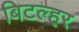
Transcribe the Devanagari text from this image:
बिटल्हर